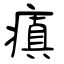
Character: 瘨